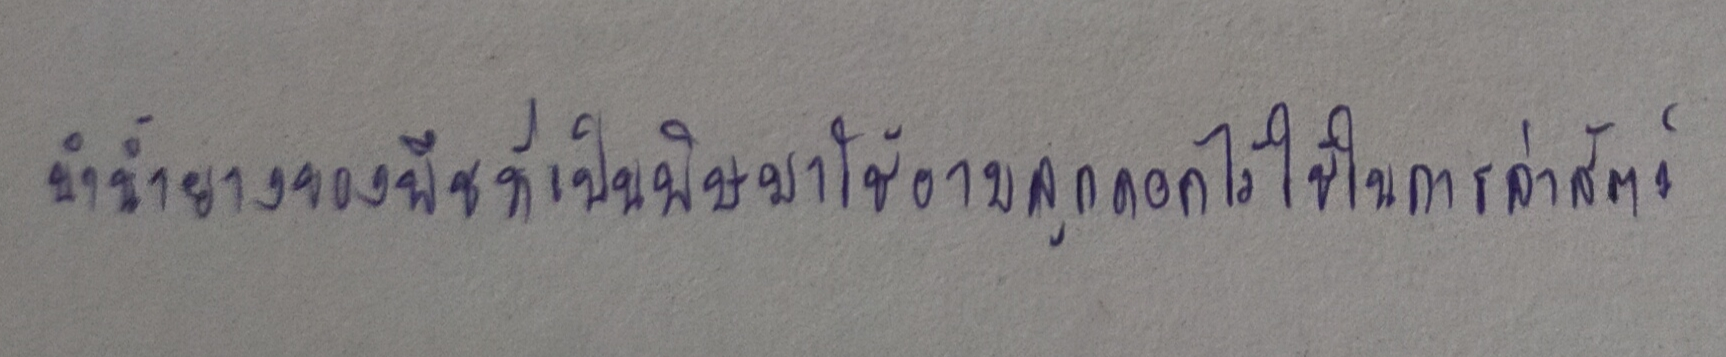
นำน้ำยางของพืชที่เป็นพิษมาใช้อาบลูกดอกไว้ใช้ในการล่าสัตว์